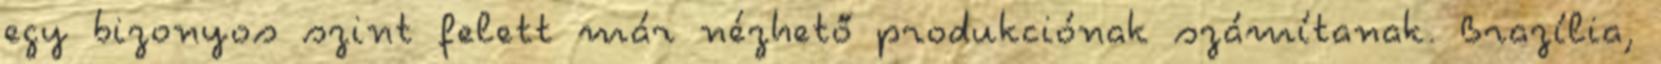
egy bizonyos szint felett már nézhető produkciónak számítanak. Brazília,